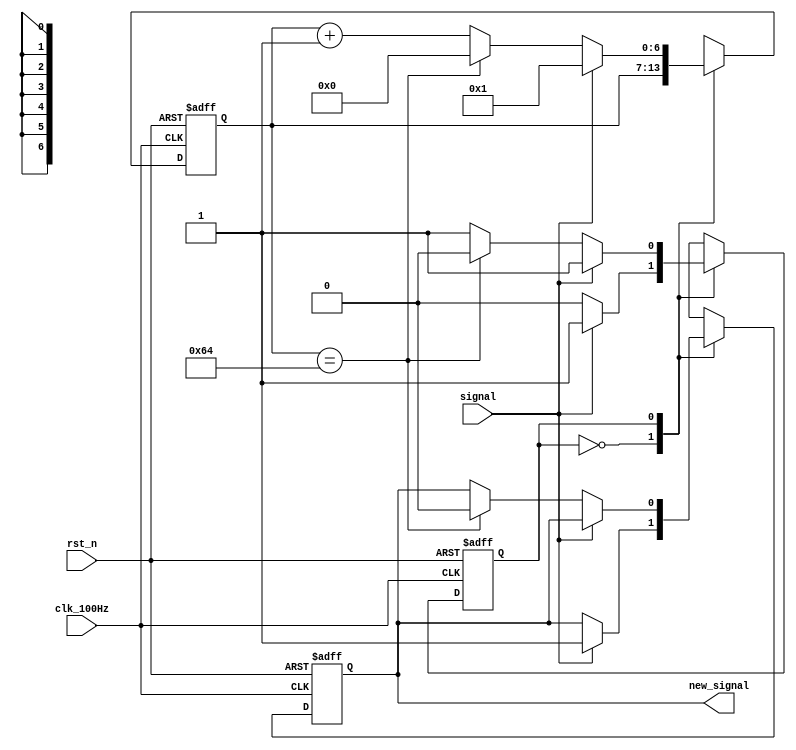
/*
    Extends every positive signal to last 1s
*/
module ExtendPositiveSignals(
    input clk_100Hz, rst_n, signal,
    output new_signal
);
    localparam STATE_IDLE   = 1'b0,
               STATE_ACTIVE = 1'b1;

    reg state_ff, state_nxt;
    reg [6:0] count_ff, count_nxt;
    reg signal_ff, signal_nxt;
    assign new_signal = signal_ff;

    always @ (*) begin
        count_nxt  = count_ff;
        signal_nxt = signal_ff;
        state_nxt  = state_ff;
        
        case(state_ff)
            STATE_IDLE : begin
                if(signal) begin
                    state_nxt = STATE_ACTIVE;
                    signal_nxt = 1'b1;
                end
            end
            STATE_ACTIVE : begin
                if(signal) begin
                    count_nxt = 7'b1;
                end else begin
                    if(count_ff == 7'd100) begin

                        state_nxt = STATE_IDLE;
                        count_nxt = 7'b0;
                        signal_nxt = 7'b0;
                    end else
                        count_nxt = count_ff + 7'b1;
                end
            end
        endcase
    end

    always @ (posedge clk_100Hz or negedge rst_n) begin
        if(~rst_n) begin
            count_ff = 7'b0;
            signal_ff = 1'b0;
            state_ff = STATE_IDLE;
        end else begin
            state_ff  = state_nxt;
            count_ff  = count_nxt;
            signal_ff = signal_nxt;
        end
    end
endmodule